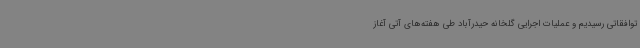
توافقاتی رسیدیم و عملیات اجرایی گلخانه حیدرآباد طی هفته‌های آتی آغاز